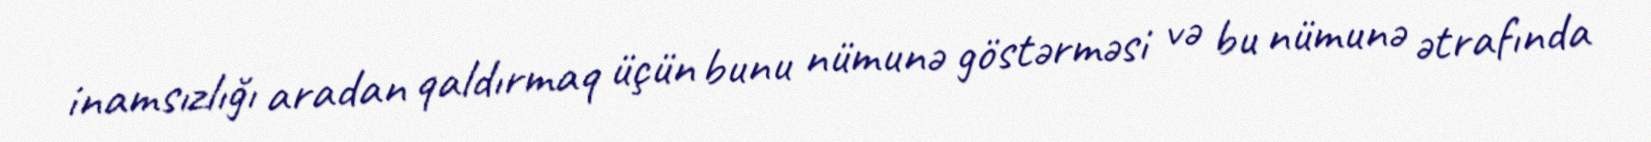
inamsızlığı aradan qaldırmaq üçün bunu nümunə göstərməsi və bu nümunə ətrafında